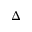
\Delta